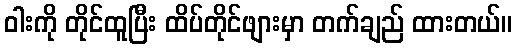
ဝါးကို တိုင်ထူပြီး ထိပ်တိုင်ဖျားမှာ တက်ချည် ထားတယ်။